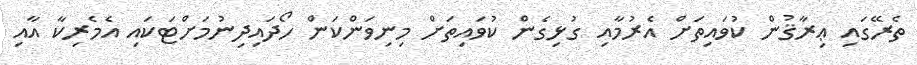
ތެރޭގައި ޢިރާޤުން ކުވައިތަށް އެރުމާއި ގުޅިގެން ކުވައިތަށް މިނިވަންކަން ހޯދައިދިނުމަށްޓަކައި އެމެރިކާ އާއި